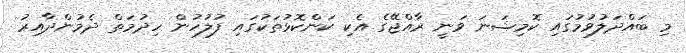
މި ބައްދަލުވުމުގައި ކޮމިޝަނަ ވަނީ ރާއްޖޭގެ އެކި ކަންކޮޅުތަކުގައި ފުލުހުން ހިދުމަތް ދެމުންދާއިރު